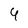
Character: 4